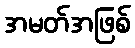
အမတ်အဖြစ်